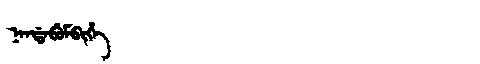
Manchu: ᠨᠠᠨᡩᠠᠪᡠᠮᠪᡳᡥᡝ
Romanization: NANDABUMBIHE